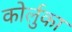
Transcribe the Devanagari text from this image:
कोर्लुका